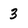
Character: 3